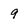
Character: 9